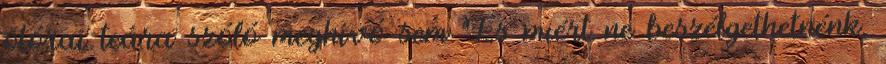
ötórai teára szóló meghívó sem És miért ne beszélgethetnénk,